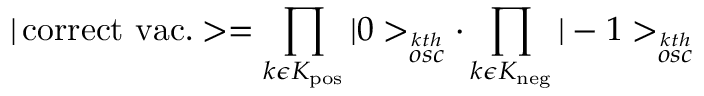
| \, \mathrm { c o r r e c t \ v a c . } > = \prod _ { k \epsilon K _ { \mathrm { p o s } } } | 0 > _ { \stackrel { k t h } { o s c } } \cdot \prod _ { k \epsilon K _ { \mathrm { n e g } } } | - 1 > _ { \stackrel { k t h } { o s c } }